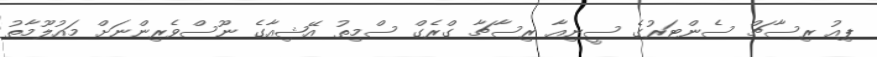
ޕިއު ރިސާޗް ސެންޓަރުގެ ސީނިއާ ރިސާޗާ ގްރެގް ސްމިތު އޭޝިއާގެ ނޫސްވެރިންނަށް މައުލޫމާތު